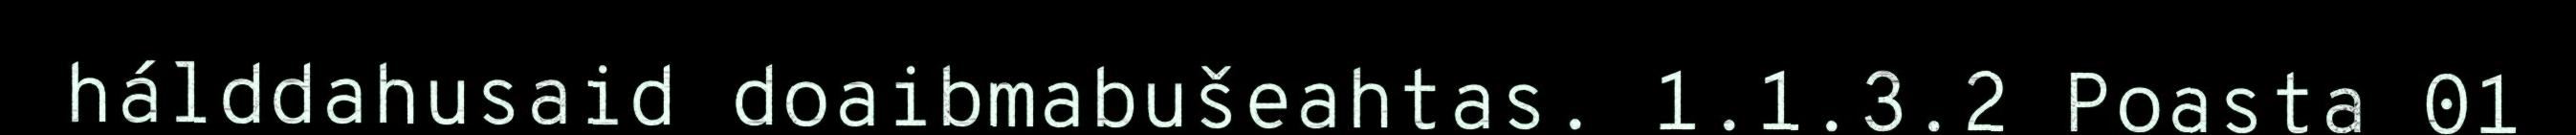
hálddahusaid doaibmabušeahtas. 1.1.3.2 Poasta 01